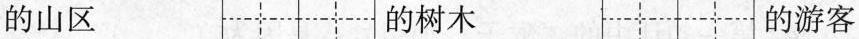
的山区 的树木 的游客